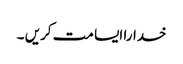
خدارا ایسا مت کریں ۔